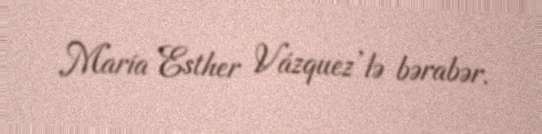
María Esther Vázquez’lə bərabər.